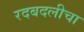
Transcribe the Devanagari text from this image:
रदबदलीचा